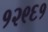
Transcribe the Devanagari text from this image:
१२९६१